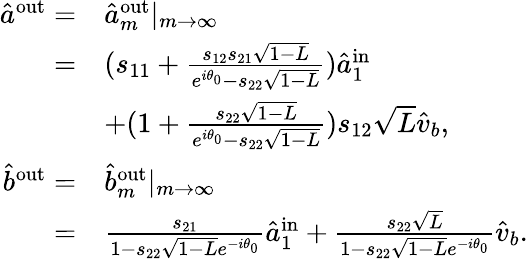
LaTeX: \begin{array}{rl}{\hat{a}^{\mathrm{{out}}}=}&{\hat{a}_{m}^{\mathrm{out}}|_{m\to\infty}}\\ {=}&{(s_{11}+\frac{s_{12}s_{21}\sqrt{1-L}}{e^{i\theta_{0}}-s_{22}\sqrt{1-L}})\hat{a}_{1}^{\mathrm{{in}}}}\\ &{+(1+\frac{s_{22}\sqrt{1-L}}{e^{i\theta_{0}}-s_{22}\sqrt{1-L}})s_{12}\sqrt{L}\hat{v}_{b},}\\ {\hat{b}^{\mathrm{out}}=}&{\hat{b}_{m}^{\mathrm{{out}}}|_{m\to\infty}}\\ {=}&{\frac{s_{21}}{1-s_{22}\sqrt{1-L}e^{-i\theta_{0}}}\hat{a}_{1}^{\mathrm{in}}+\frac{s_{22}\sqrt{L}}{1-s_{22}\sqrt{1-L}e^{-i\theta_{0}}}\hat{v}_{b}.}\end{array}